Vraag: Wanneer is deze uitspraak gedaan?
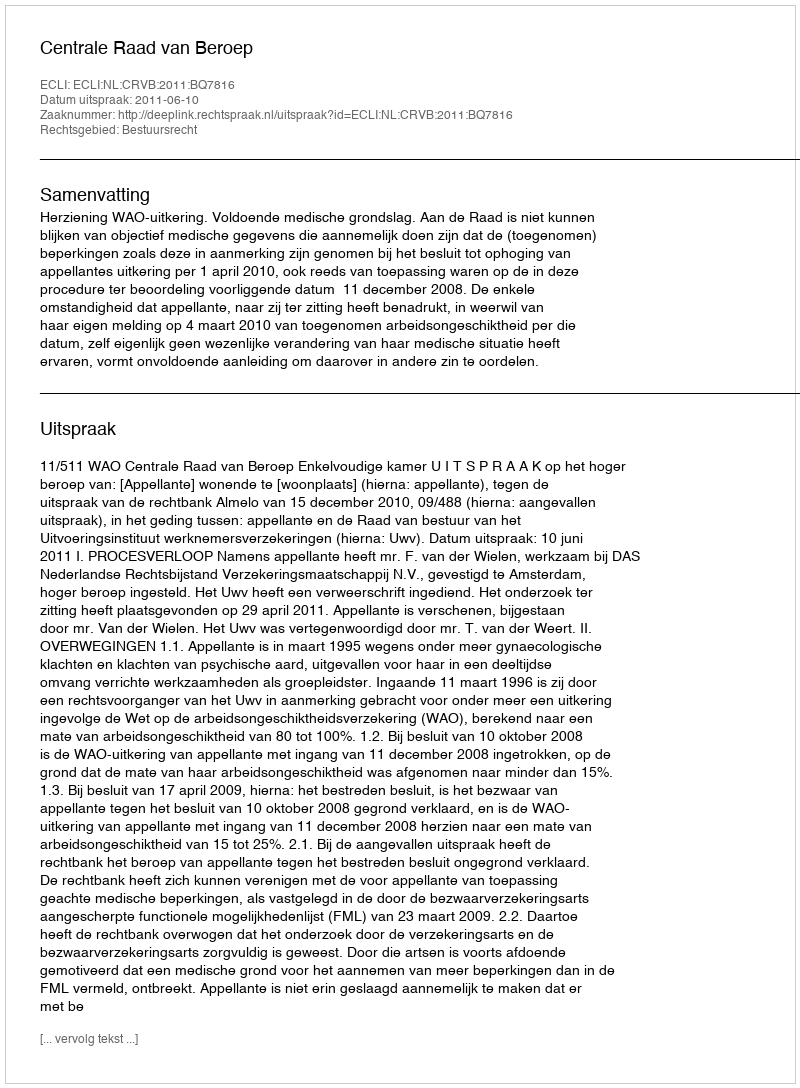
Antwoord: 2011-06-10